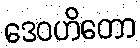
ဒေဝဟိတော